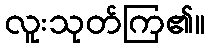
လူးသုတ်ကြ၏။